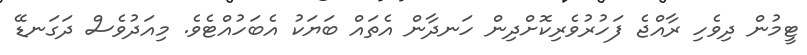
ޓީމުން ދިވެހި ރާއްޖެ ފަހުރުވެރިކޮށްދިން ހަނދާން އެތައް ބަޔަކު އެބަހުއްޓެވެ. މިއަދުވެސް ދަގަނޑޭ